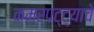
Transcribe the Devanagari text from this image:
कमरपट्ट्याचे